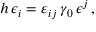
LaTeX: h \, \epsilon _ { i } = \varepsilon _ { i j } \, \gamma _ { 0 } \, \epsilon ^ { j } \, ,